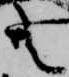
共